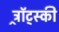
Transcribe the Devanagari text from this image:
ट्र्रॉट्स्की